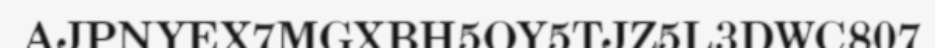
AJPNYEX7MGXBH5OY5TJZ5L3DWC807